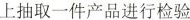
上抽取一件产品进行检验